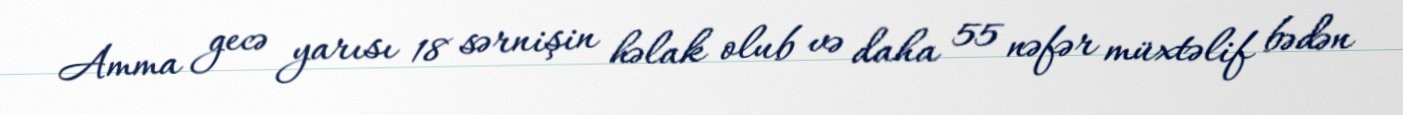
Amma gecə yarısı 18 sərnişin həlak olub və daha 55 nəfər müxtəlif bədən